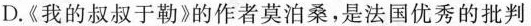
D.《我的叔叔于勒》的作者莫泊桑，是法国优秀的批判